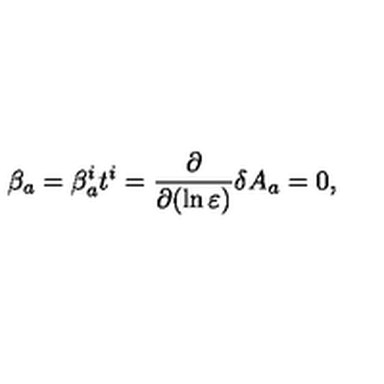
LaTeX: \beta _ { a } = \beta _ { a } ^ { i } t ^ { i } = \frac { \partial } { \partial ( \ln \varepsilon ) } \delta A _ { a } = 0 ,